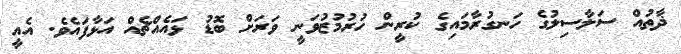
ޛާތުއް ސަލާސިލުގެ ހަނގުރާމައިގެ ކުރީން ހުރުމުޒުވަނީ ވަރަށް ބޮޑު ޅައެއްޗެއް އަޅާފައެވެ. އެއީ